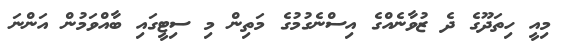
މިއީ ހިތަދޫގެ ދެ ޒުވާނެއްގެ އިސްނެގުމުގެ މަތިން މި ސިޓީގައި ބާއްވަމުން އަންނަ